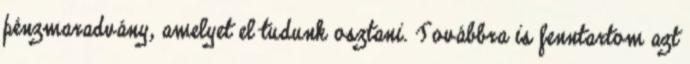
pénzmaradvány, amelyet el tudunk osztani. Továbbra is fenntartom azt